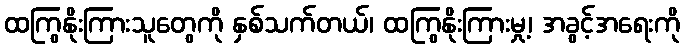
ထကြွနိုးကြားသူတွေကို နှစ်သက်တယ်၊ ထကြွနိုးကြားမှု့၊ အခွင့်အရေးကို